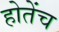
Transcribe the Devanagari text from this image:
होतेंच